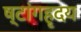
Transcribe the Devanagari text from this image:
ष्टांगहृदय